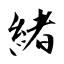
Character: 緒